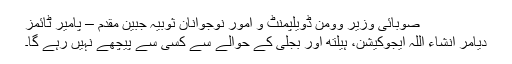
صوبائی وزیر وومن ڈویلپمنٹ و امور نوجوانان ثوبیہ جبین مقدم – پامیر ٹائمز
دیامر انشاء اللہ ایجوکیشن، ہیلتھ اور بجلی کے حوالے سے کسی سے پیچھے نہیں رہے گا۔